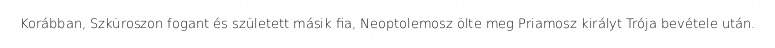
Korábban, Szküroszon fogant és született másik fia, Neoptolemosz ölte meg Priamosz királyt Trója bevétele után.